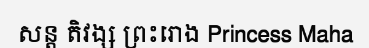
សន្ត តិវង្ស ព្រះរោង Princess Maha